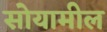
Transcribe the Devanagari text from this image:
सोयामील